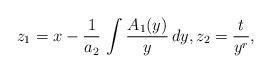
LaTeX: \begin{align*}z_1=x-\frac{1}{a_2}\,\int{\frac{A_1(y)}{y}\,dy}, z_2=\frac{t}{y^r},\end{align*}